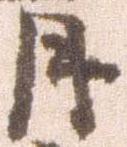
月